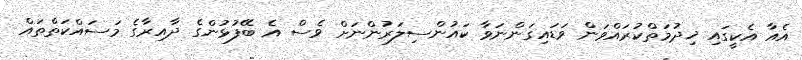
އެއާ އެކީގައި ޚިދުމަތްކުރައްވަން ވަޑައިގަންނަވާ ކައުންސިލަރުންނަށް ވެސް އެ ބޭފުޅުންގެ ދާއިރާގެ މަސައްކަތްތައް